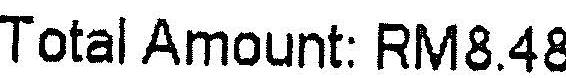
TOTAL AMOUNT: RM8.48